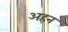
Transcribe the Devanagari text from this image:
अहन